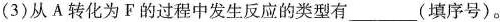
(3)从A转化为F的过程中发生反应的类型有___(填序号)。